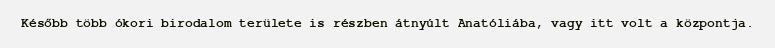
Később több ókori birodalom területe is részben átnyúlt Anatóliába, vagy itt volt a központja.